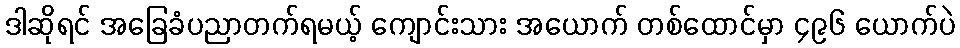
ဒါဆိုရင် အခြေခံပညာတက်ရမယ့် ကျောင်းသား အယောက် တစ်ထောင်မှာ ၄၉၆ ယောက်ပဲ